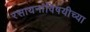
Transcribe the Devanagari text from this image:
रसायनांविषयीच्या